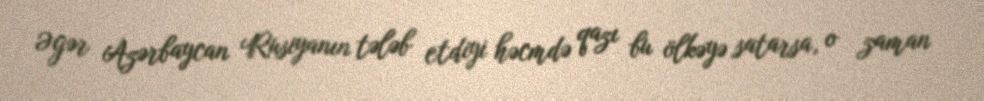
Əgər Azərbaycan Rusiyanın tələb etdiyi həcmdə qazı bu ölkəyə satarsa, o zaman